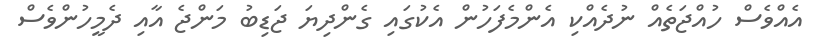
އެއްވެސް ހުއްޖަތެއް ނުދެއްކި އެންމެފަހުން އެކުގައި ގެންދިޔަ ޖަޑިބު މަންޖެ އާއި ދެމީހުންވެސް